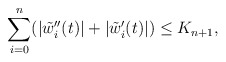
\begin{align*}\sum_{i=0}^n (|\tilde{w}_i''(t)| + |\tilde{w}_i'(t)|)\leq K_{n+1},\end{align*}